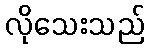
လိုသေးသည်